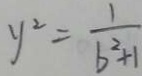
y ^ { 2 } = \frac { 1 } { b ^ { 2 } + 1 }